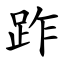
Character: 䟭